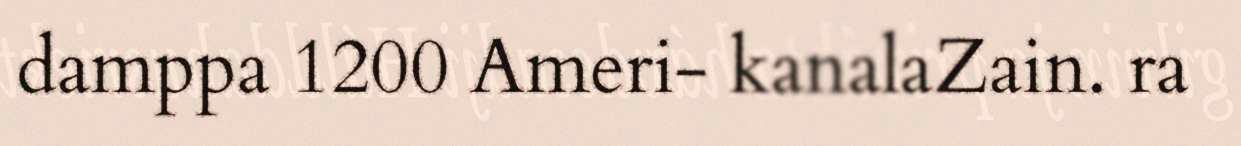
damppa 1200 Ameri- kanalaZain. ra